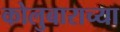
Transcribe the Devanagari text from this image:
कोलुबाराच्या